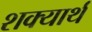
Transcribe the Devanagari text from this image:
शक्यार्थ